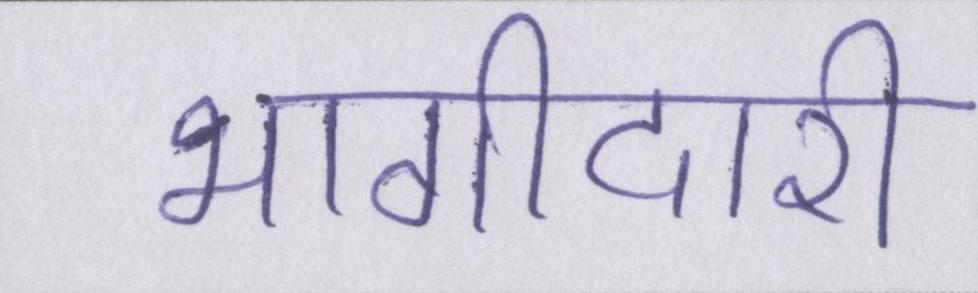
भागीदारी